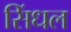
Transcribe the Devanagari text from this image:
सिंधल